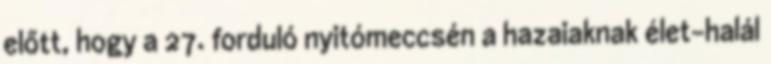
előtt, hogy a 27. forduló nyitómeccsén a hazaiaknak élet-halál